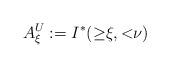
LaTeX: \begin{align*} A^U_\xi:=I^*({\ge}\xi,{<}\nu) \end{align*}